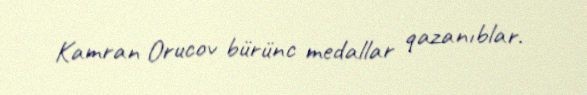
Kamran Orucov bürünc medallar qazanıblar.